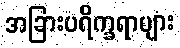
အခြားပရိက္ခရာများ